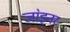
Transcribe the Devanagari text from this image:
जा॓इनर